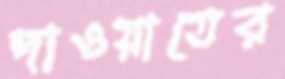
দাওয়াতের